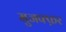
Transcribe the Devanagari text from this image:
मुजफ्फ़र